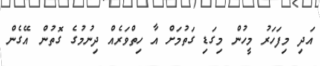
އަދި މިފަހަރު މީހުން މިގަޑި ގަތުމަށް އާ ހިތްވަރެއް ދިނުމުގެ ގޮތުން އޭގެން